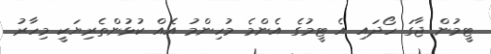
ޓީމުން ޖާގަ ހޯދައި އެ ޓީމުގެ އެންމެ މުހިންމު އެއް ކުޅުންތެރިޔަކީ މިހާރު